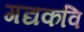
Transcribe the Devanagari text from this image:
गद्यकवि